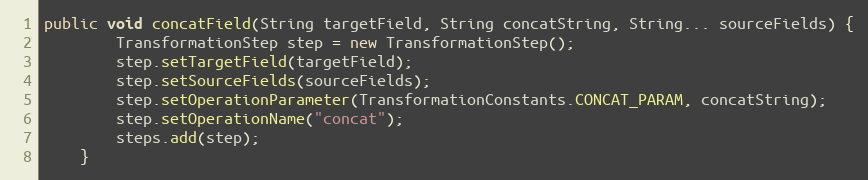
Language: Java
public void concatField(String targetField, String concatString, String... sourceFields) {
        TransformationStep step = new TransformationStep();
        step.setTargetField(targetField);
        step.setSourceFields(sourceFields);
        step.setOperationParameter(TransformationConstants.CONCAT_PARAM, concatString);
        step.setOperationName("concat");
        steps.add(step);
    }